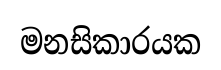
මනසිකාරයක